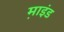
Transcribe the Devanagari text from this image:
म़ाइंड